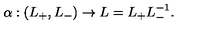
\alpha : ( L _ { + } , L _ { - } ) \rightarrow L = L _ { + } L _ { - } ^ { - 1 } .